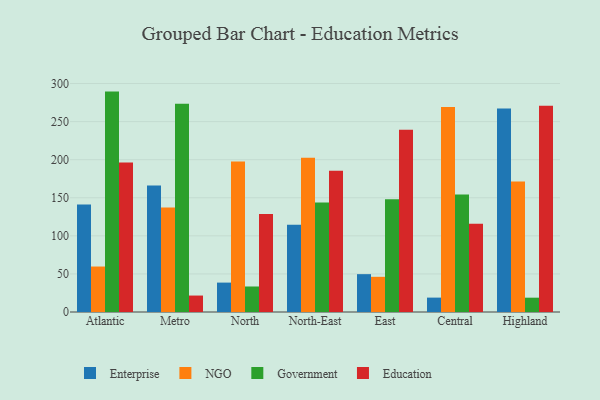
{"axis": {"x": "Region", "y": "Backlog"}, "legend": ["Education", "Enterprise", "Government", "NGO"], "data": [{"x": "Atlantic", "y": 141.1, "type": "Enterprise"}, {"x": "Atlantic", "y": 59.7, "type": "NGO"}, {"x": "Atlantic", "y": 289.4, "type": "Government"}, {"x": "Atlantic", "y": 196.2, "type": "Education"}, {"x": "Metro", "y": 166.0, "type": "Enterprise"}, {"x": "Metro", "y": 137.3, "type": "NGO"}, {"x": "Metro", "y": 273.5, "type": "Government"}, {"x": "Metro", "y": 21.6, "type": "Education"}, {"x": "North", "y": 38.6, "type": "Enterprise"}, {"x": "North", "y": 197.5, "type": "NGO"}, {"x": "North", "y": 33.5, "type": "Government"}, {"x": "North", "y": 128.8, "type": "Education"}, {"x": "North-East", "y": 114.6, "type": "Enterprise"}, {"x": "North-East", "y": 202.7, "type": "NGO"}, {"x": "North-East", "y": 143.8, "type": "Government"}, {"x": "North-East", "y": 185.6, "type": "Education"}, {"x": "East", "y": 49.7, "type": "Enterprise"}, {"x": "East", "y": 46.2, "type": "NGO"}, {"x": "East", "y": 147.9, "type": "Government"}, {"x": "East", "y": 239.4, "type": "Education"}, {"x": "Central", "y": 18.9, "type": "Enterprise"}, {"x": "Central", "y": 269.1, "type": "NGO"}, {"x": "Central", "y": 154.4, "type": "Government"}, {"x": "Central", "y": 115.9, "type": "Education"}, {"x": "Highland", "y": 267.3, "type": "Enterprise"}, {"x": "Highland", "y": 171.5, "type": "NGO"}, {"x": "Highland", "y": 18.8, "type": "Government"}, {"x": "Highland", "y": 270.9, "type": "Education"}]}